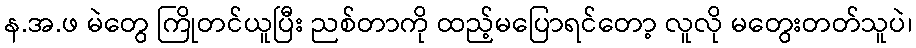
န.အ.ဖ မဲတွေ ကြိုတင်ယူပြီး ညစ်တာကို ထည့်မပြောရင်တော့ လူလို မတွေးတတ်သူပဲ၊